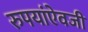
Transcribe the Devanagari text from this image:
रुपयांऐवजी